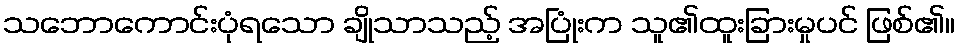
သဘောကောင်းပုံရသော ချိုသာသည့် အပြုံးက သူ၏ထူးခြားမှုပင် ဖြစ်၏။